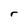
Character: r